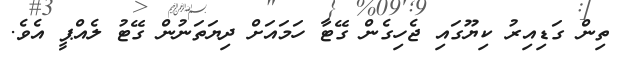
ތިން ގަޑިއިރު ކިޔޫގައި ޖެހިގެން ގޭޓާ ހަމައަށް ދިޔަތަނުން ގޭޓު ލެއްޕީ އެވެ.